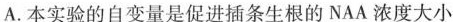
A.本实验的自变量是促进插条生根的NAA浓度大小